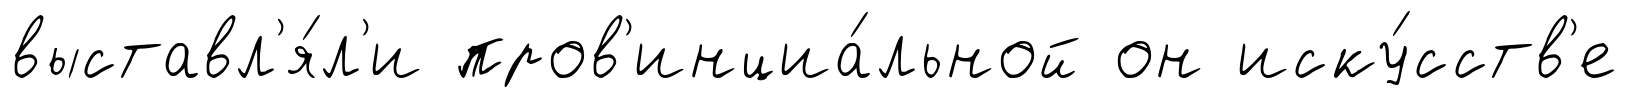
выставл'я́л'и пров'инциа́льной он иску́сств'е